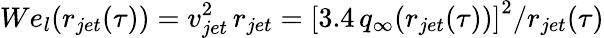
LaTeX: We_{l}(r_{jet}(\tau))=v_{jet}^{2}\, r_{jet}=\left[3.4\, q_{\infty}(r_{jet}(\tau))\right]^{2}/r_{jet}(\tau)